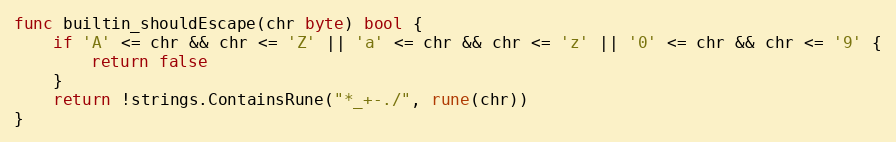
Language: Go
func builtin_shouldEscape(chr byte) bool {
	if 'A' <= chr && chr <= 'Z' || 'a' <= chr && chr <= 'z' || '0' <= chr && chr <= '9' {
		return false
	}
	return !strings.ContainsRune("*_+-./", rune(chr))
}